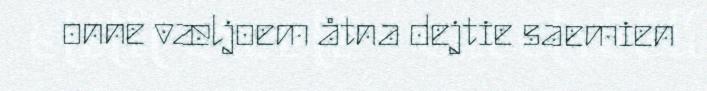
onne væljoem åtna dejtie saemien